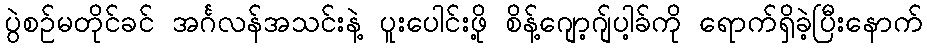
ပွဲစဉ်မတိုင်ခင် အင်္ဂလန်အသင်းနဲ့ ပူးပေါင်းဖို့ စိန့်ဂျော့ဂျ်ပါ့ခ်ကို ရောက်ရှိခဲ့ပြီးနောက်